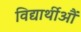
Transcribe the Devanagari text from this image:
विद्यार्थीऔं